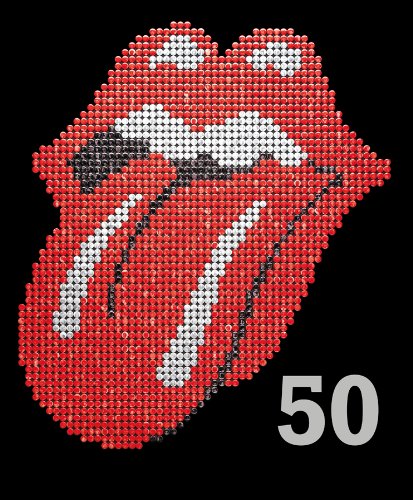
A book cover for The Rolling Stones 50; Mick Jagger; Arts & Photography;